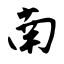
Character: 南